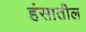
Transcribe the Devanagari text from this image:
हंसातील